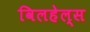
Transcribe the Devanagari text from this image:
विलहेल्स